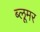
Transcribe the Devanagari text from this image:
ब्लूमर